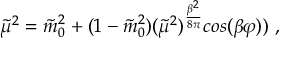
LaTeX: \tilde { \mu } ^ { 2 } = \tilde { m } _ { 0 } ^ { 2 } + ( 1 - \tilde { m } _ { 0 } ^ { 2 } ) ( \tilde { \mu } ^ { 2 } ) ^ { { \frac { \beta ^ { 2 } } { 8 \pi } } } c o s ( \beta \varphi ) ) \; ,